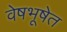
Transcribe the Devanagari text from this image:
वेषभूषेत